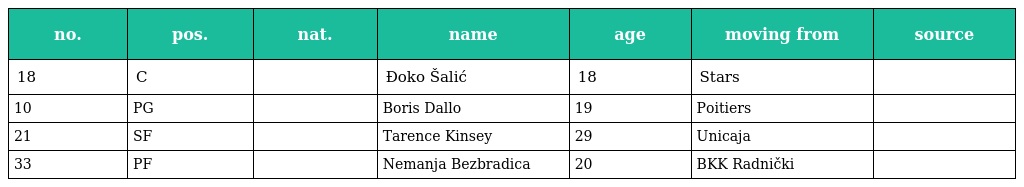
| no. | pos. | nat. | name | age | moving from | source |
 | --- | --- | --- | --- | --- | --- | --- |
 | 18 | C |  | Đoko Šalić | 18 | Stars |  |
 | 10 | PG |  | Boris Dallo | 19 | Poitiers |  |
 | 21 | SF |  | Tarence Kinsey | 29 | Unicaja |  |
 | 33 | PF |  | Nemanja Bezbradica | 20 | BKK Radnički |  |